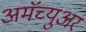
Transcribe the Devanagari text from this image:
अमॅच्युअर